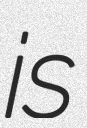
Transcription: is